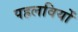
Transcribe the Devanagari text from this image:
पहलवियों